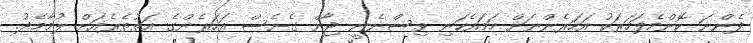
ފެންނަ ކޮންމެފަހަރަކު އަހަރެންނަށް ހަމައެކަނި ވިސްނެނީ ޖާން ގެނެސް އަހަރެންގެ އަތުތެރެއަށް ލުމާމެދު.